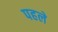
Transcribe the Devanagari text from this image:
पहले